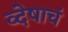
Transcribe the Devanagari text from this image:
व्देषाचं